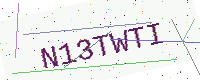
Text: N13TWTI